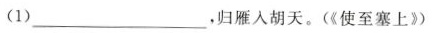
(1)___,归雁入胡天。(《使至塞上》)